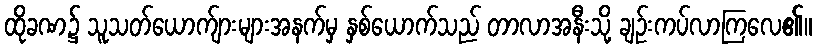
ထိုခဏ၌ သူသတ်ယောက်ျားများအနက်မှ နှစ်ယောက်သည် တာလာအနီးသို့ ချဉ်းကပ်လာကြလေ၏။